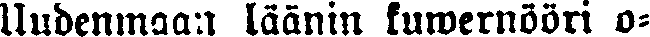
Uudenmaan läänin kuwernööri o-